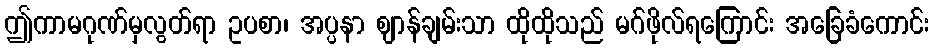
ဤကာမဂုဏ်မှလွတ်ရာ ဥပစာ၊ အပ္ပနာ ဈာန်ချမ်းသာ ထိုထိုသည် မဂ်ဖိုလ်ရကြောင်း အခြေခံကောင်း